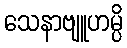
သေနာဗျူဟမ္ပိ